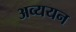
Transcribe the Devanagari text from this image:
अव्ययन